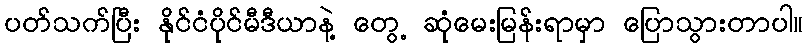
ပတ်သက်ပြီး နိုင်ငံပိုင်မီဒီယာနဲ့ တွေ့ ဆုံမေးမြန်းရာမှာ ပြောသွားတာပါ။